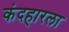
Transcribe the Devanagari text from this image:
कंदहारला